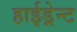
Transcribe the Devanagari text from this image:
हाईड्रेन्ट